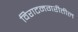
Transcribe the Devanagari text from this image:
विराटनगरीतील